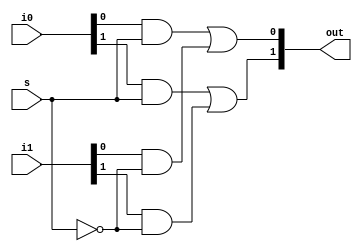
module mux2_to_1(out, i0, i1, s); 
// Port declarations from the I/O diagram 
output [1:0] out; 
input [1:0] i0, i1; 
input s; 
// Internal wire declarations 
wire sn; 
wire [1:0] y0, y1; 
// Gate instantiations 
// Create s1n and s0n signals. 
not n0(sn, s); 

and a0(y0[0], i0[0], s); 
and a1(y1[0], i1[0], sn); 

and a2(y0[1], i0[1], s); 
and a3(y1[1], i1[1], sn); 

or o0(out[0], y0[0], y1[0]); 
or o1(out[1], y0[1], y1[1]); 
endmodule